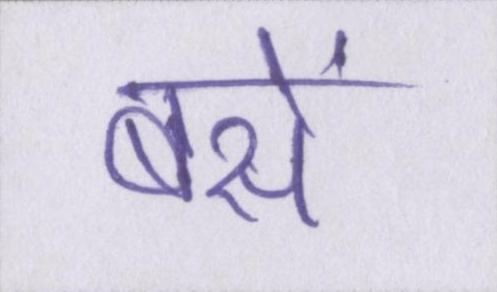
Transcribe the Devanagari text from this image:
बसें